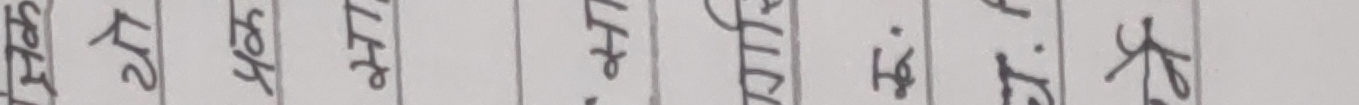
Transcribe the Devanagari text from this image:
स्पष्ट लेख्ने गर ।